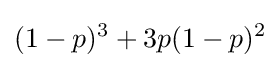
(1-p)^{3}+3p(1-p)^{2}